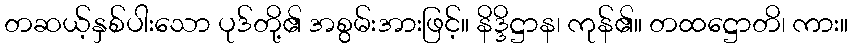
တဆယ့်နှစ်ပါးသော ပုဒ်တို့၏ အစွမ်းအားဖြင့်။ နိဒ္ဒိဋ္ဌာန၊ ကုန်၏။ တထဋ္ဌောတိ၊ ကား။